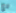
مع